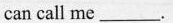
can call me___.